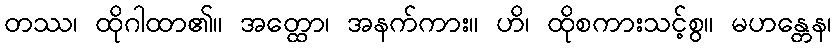
တဿ၊ ထိုဂါထာ၏။ အတ္ထော၊ အနက်ကား။ ဟိ၊ ထိုစကားသင့်စွ။ မဟန္တေန၊